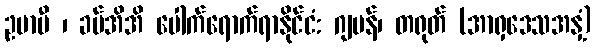
ဥမာမီ ၊ ခပ်အိအိ ပေါက်ရောက်ရာနိုင်ငံ: ဂျပန်၊ တရုတ် (အာရှဒေသအနှံ့)